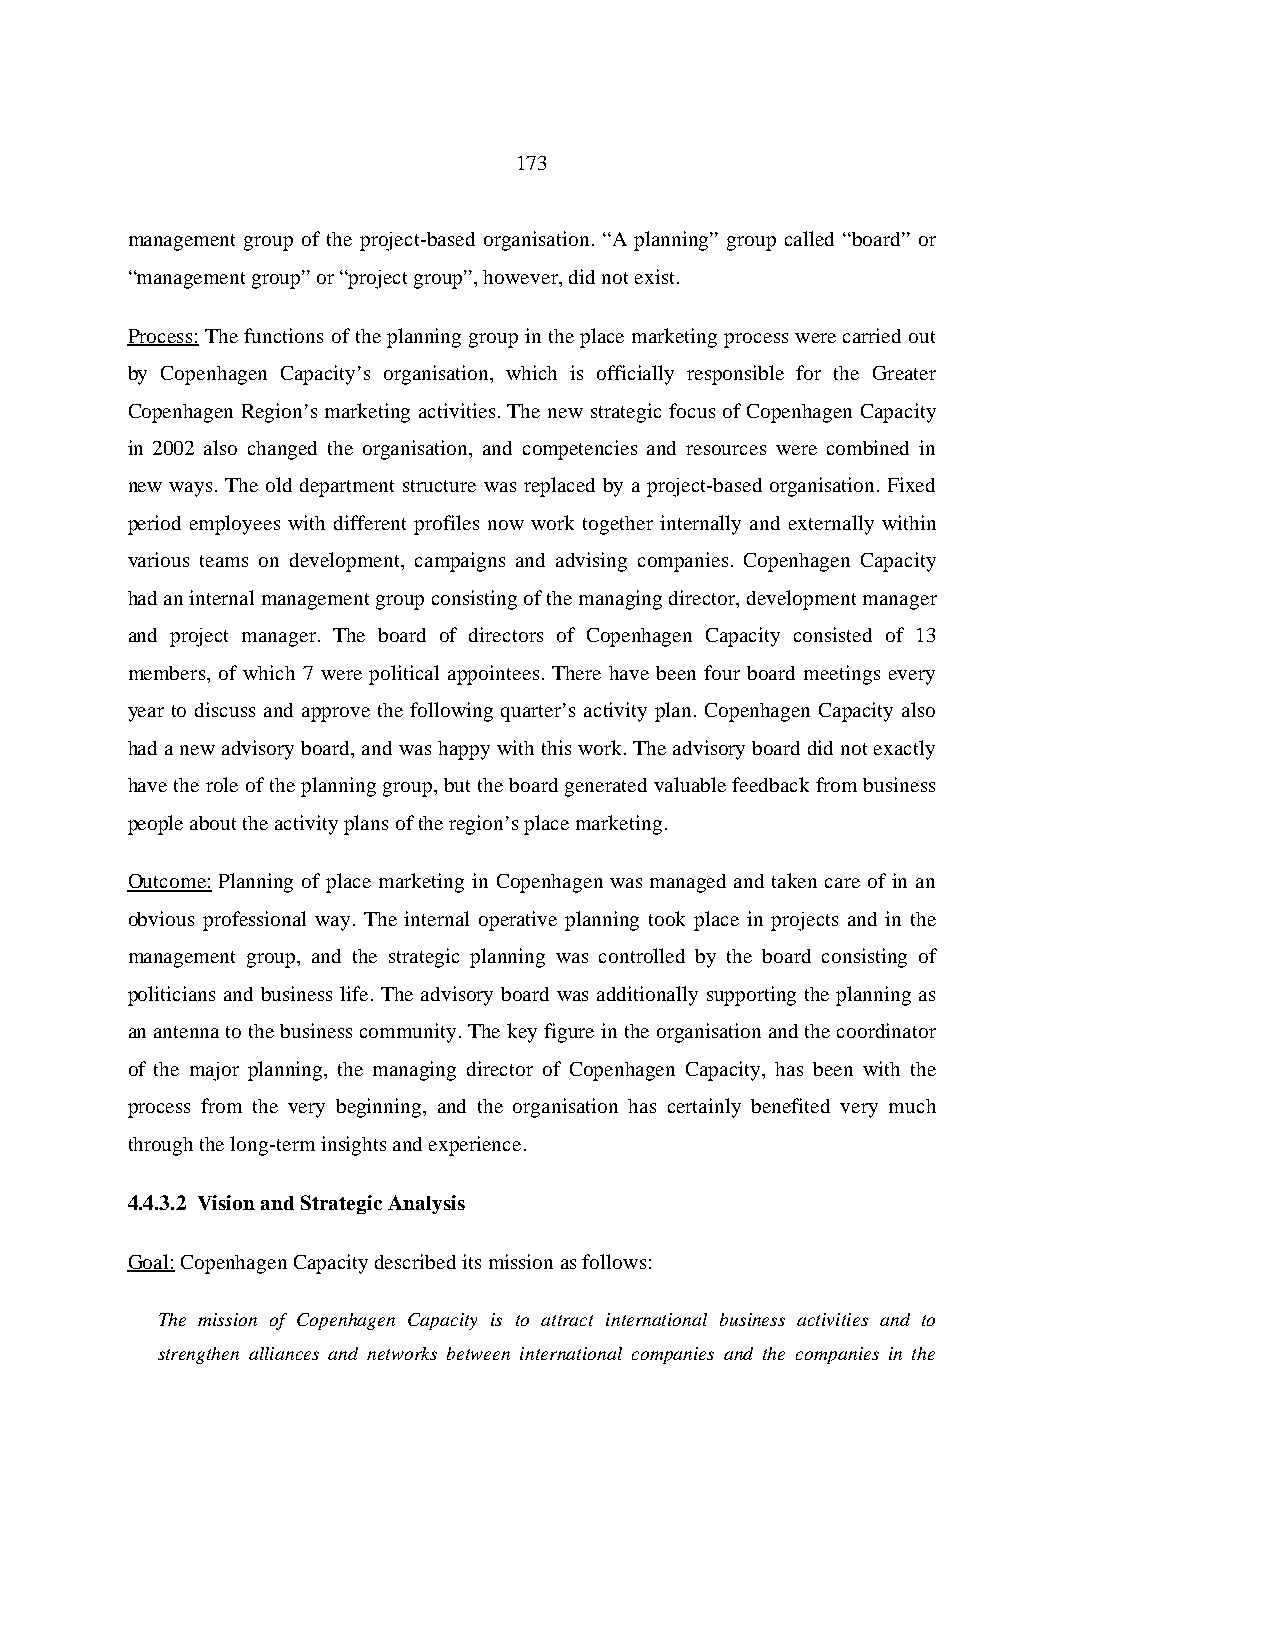
173
 management group of the project-based organisation. “A planning” group called “board” or
 “management group” or “project group”, however, did not exist.
 Process: The functions of the planning group in the place marketing process were carried out
 by Copenhagen Capacity’s organisation, which is officially responsible for the Greater
 Copenhagen Region’s marketing activities. The new strategic focus of Copenhagen Capacity
 in 2002 also changed the organisation, and competencies and resources were combined in
 new ways. The old department structure was replaced by a project-based organisation. Fixed
 period employees with different profiles now work together internally and externally within
 various teams on development, campaigns and advising companies. Copenhagen Capacity
 had an internal management group consisting of the managing director, development manager
 and project manager. The board of directors of Copenhagen Capacity consisted of 13
 members, of which 7 were political appointees. There have been four board meetings every
 year to discuss and approve the following quarter’s activity plan. Copenhagen Capacity also
 had a new advisory board, and was happy with this work. The advisory board did not exactly
 have the role of the planning group, but the board generated valuable feedback from business
 people about the activity plans of the region’s place marketing.
 Outcome: Planning of place marketing in Copenhagen was managed and taken care of in an
 obvious professional way. The internal operative planning took place in projects and in the
 management group, and the strategic planning was controlled by the board consisting of
 politicians and business life. The advisory board was additionally supporting the planning as
 an antenna to the business community. The key figure in the organisation and the coordinator
 of the major planning, the managing director of Copenhagen Capacity, has been with the
 process from the very beginning, and the organisation has certainly benefited very much
 through the long-term insights and experience.
 4.4.3.2 Vision and Strategic Analysis
 Goal: Copenhagen Capacity described its mission as follows:
 The mission of Copenhagen Capacity is to attract international business activities and to
 strengthen alliances and networks between international companies and the companies in the